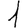
Digit: 1